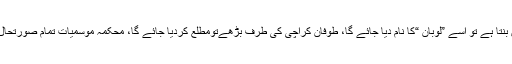
انھوں نے کہا اگر سمندری طوفان بنتا ہے تو اسے ”لوبان “کا نام دیا جائے گا، طوفان کراچی کی طرف بڑھےتومطلع کردیا جائے گا، محکمہ موسمیات تمام صورتحال پر گہری نظر رکھے ہوئے ہیں۔